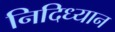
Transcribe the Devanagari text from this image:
निदिध्यान